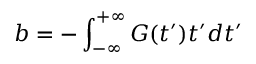
b = - \int _ { - \infty } ^ { + \infty } G ( t ^ { \prime } ) t ^ { \prime } d t ^ { \prime }